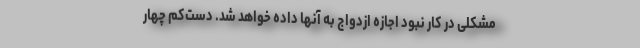
مشکلی در کار نبود اجازهٔ ازدواج به آنها داده خواهد شد. دست‌کم چهار